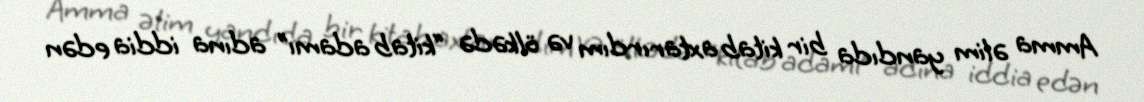
Amma əlim yandıda bir kitab axtarırdım və ölkədə “kitab adamı” adına iddia edən